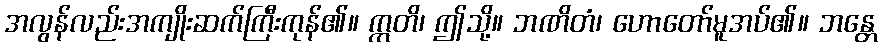
အလွန်လည်းအကျိုးဆက်ကြီးကုန်၏။ ဣတိ၊ ဤသို့။ ဘဏိတံ၊ ဟောတော်မူအပ်၏။ ဘန္တေ